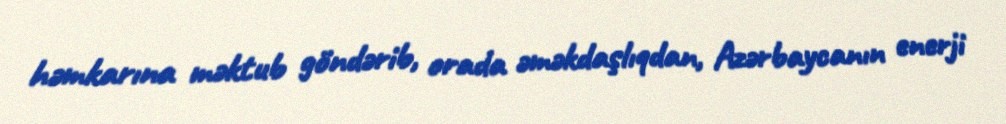
həmkarına məktub göndərib, orada əməkdaşlıqdan, Azərbaycanın enerji